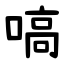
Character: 嗃